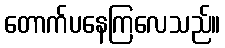
တောက်ပနေကြလေသည်။